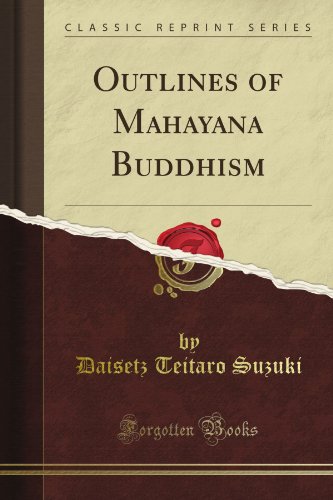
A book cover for Outlines of Mahayana Buddhism (Classic Reprint); Daisetz Teitaro Suzuki; Religion & Spirituality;